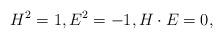
LaTeX: \begin{align*}H^{2} = 1, E^{2} = -1, H \cdot E = 0,\end{align*}